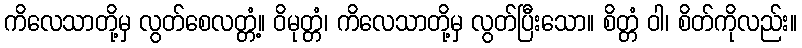
ကိလေသာတို့မှ လွတ်စေလတ္တံ့။ ဝိမုတ္တံ၊ ကိလေသာတို့မှ လွတ်ပြီးသော။ စိတ္တံ ဝါ၊ စိတ်ကိုလည်း။